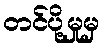
တင်ပို့မှုမှ